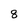
Character: 8